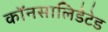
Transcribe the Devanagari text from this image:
कॉनसालिडेटेड